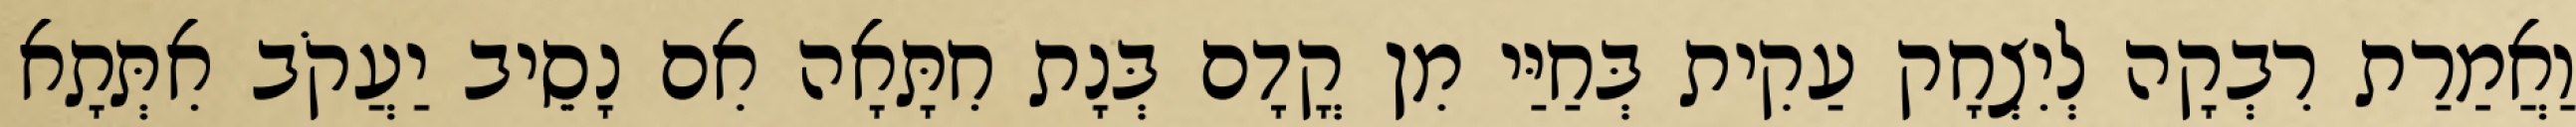
וַאֲמַרַת רִבְקָה לְיִצְחָק עַקִית בְּחַיַּי מִן קֳדָם בְּנָת חִתָּאָה אִם נָסֵיב יַעֲקֹב אִתְּתָא